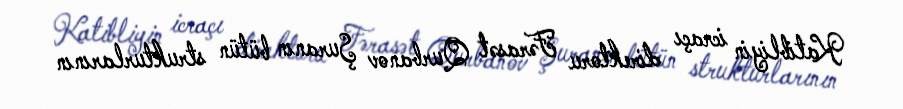
Katibliyin icraçı direktoru Fərasət Qurbanov Şuranın bütün strukturlarının